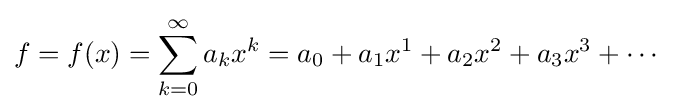
f=f(x)=\sum _{k=0}^{\infty }a_{k}x^{k}=a_{0}+a_{1}x^{1}+a_{2}x^{2}+a_{3}x^{3}+\cdots